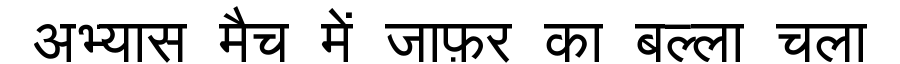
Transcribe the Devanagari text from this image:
अभ्यास मैच में जाफ़र का बल्ला चला